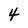
Character: 4